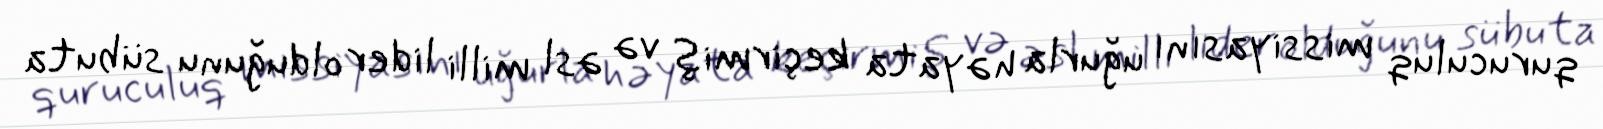
quruculuq missiyasını uğurla həyata keçirmiş və əsl milli lider olduğunu sübuta